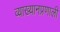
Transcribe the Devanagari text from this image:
व्याख्यानप्रणाली